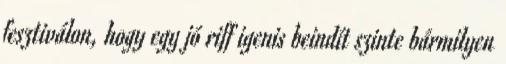
fesztiválon, hogy egy jó riff igenis beindít szinte bármilyen